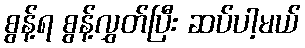
စွန့်ရ စွန့်လွှတ်ပြီး ဆပ်ပါ့မယ်